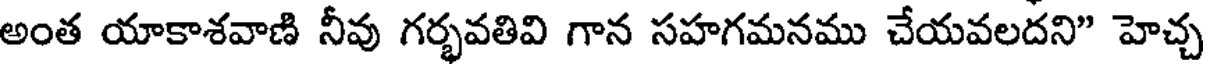
అంత యాకాశవాణి నీవు గర్భవతివి గాన సహగమనము చేయవలదని" హెచ్చ